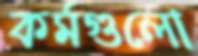
কর্মগুলো